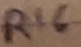
Text: R16